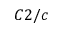
C 2 / c